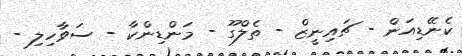
ކެނޭޑިއަން - ޗައިނީޒް - ތެލްގޫ - މަންޑިންކާ - ސަވާހިލި -